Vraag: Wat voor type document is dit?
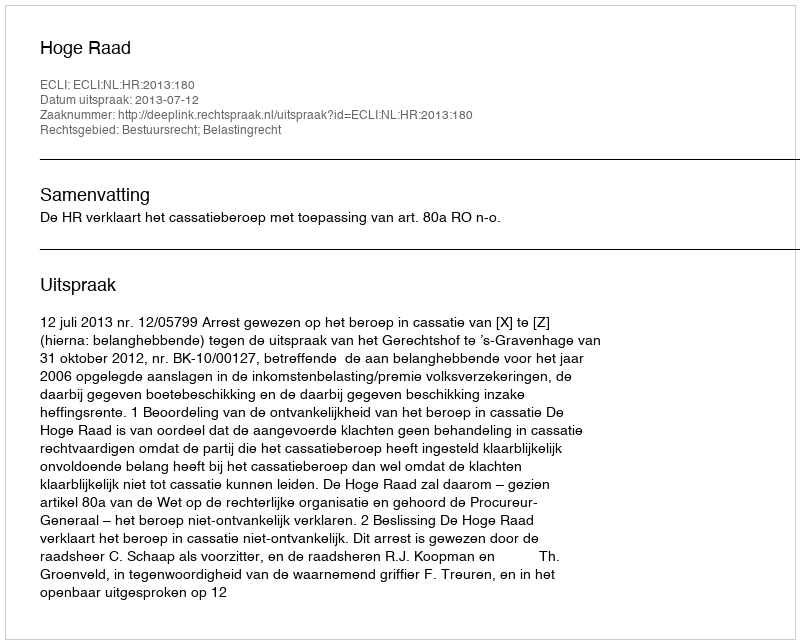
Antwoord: Uitspraak